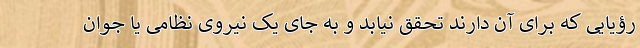
رؤیایی که برای آن دارند تحقق نیابد و به جای یک نیروی نظامی یا جوان